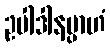
ဥပါဒါနမ္ပာဟံ